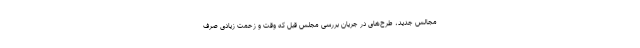
مجالس جدید، طرح‌های در جریان بررسیِ مجلس قبل که وقت و زحمت زیادی صرف